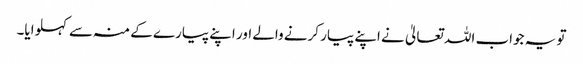
تو یہ جواب اللہ تعالیٰ نے اپنے پیار کرنے والے اور اپنے پیارے کے منہ سے کہلوایا۔